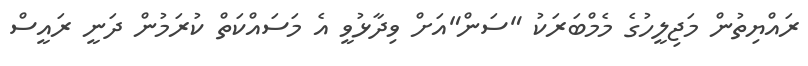
ރައްޔިތުން މަޖިލީހުގެ މެމްބަރަކު "ސަން"އަށް ވިދާޅުވީ އެ މަސައްކަތް ކުރަމުން ދަނީ ރައީސް